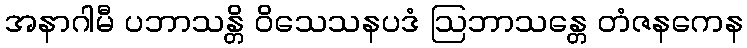
အနာဂါမီ ပဘာသန္တိ ဝိသေသနပဒံ ဩဘာသန္တေ တံဇနကေန